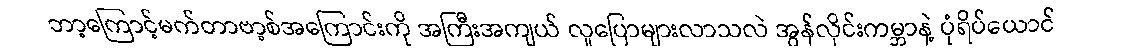
ဘာ့ကြောင့်မက်တာဗာ့စ်အကြောင်းကို အကြီးအကျယ် လူပြောများလာသလဲ အွန်လိုင်းကမ္ဘာနဲ့ ပုံရိပ်ယောင်